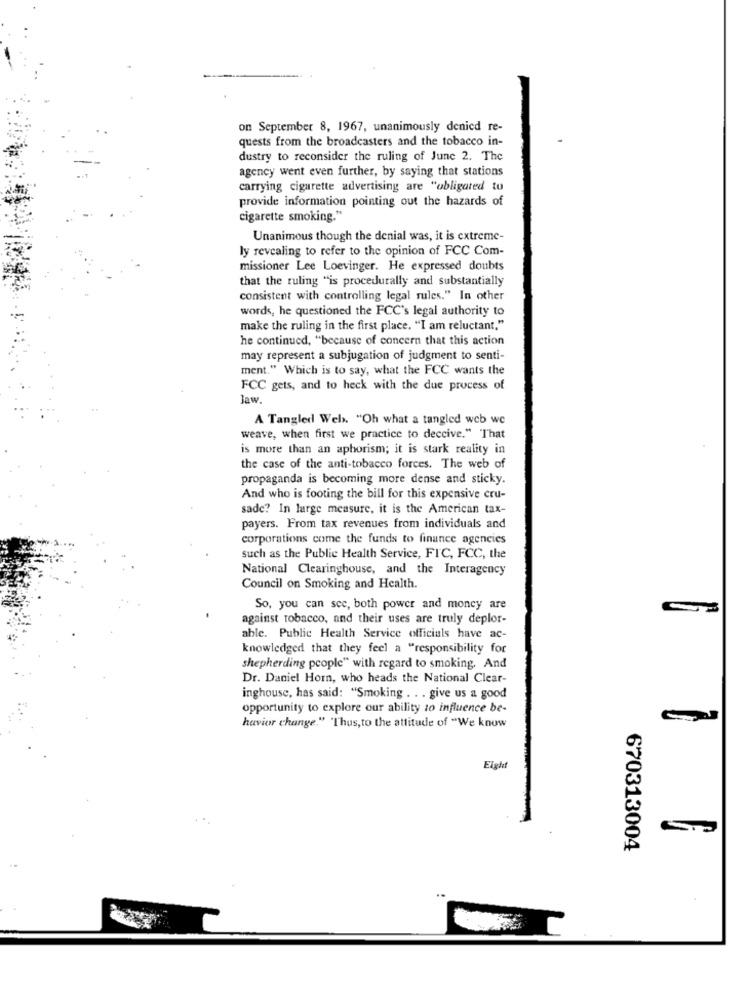
on September 8, 1967, unanimously denied re-
quests from the broadcasters and the tobacco in-
dustry to reconsider the ruling of June 2. The
agency went even further, by saying that stations
carrying cigarette advertising are "obligated to
provide information pointing out the hazards of
cigarette smoking."
Unanimous though the denial was, it is extreme-
ly revealing to refer to the opinion of FCC Com-
missioner Lee Loevinger. He expressed doubts
that the ruling "is procedurally and substantially
consistent with controlling legal rules." In other
words, he questioned the FCC's legal authority to
make the ruling in the first place. "I am reluctant."
he continued, "because of concern that this action
may represent a subjugation of judgment to senti-
ment." Which is to say, what the FCC wants the
FCC gets, and to heck with the due process of
Jaw
A Tangled Web. "Oh what a tangled web we
weave, when first we practice to deceive." That
is more than an aphorism; it is stark reality in
the case of the anti-tobacco forces. The web of
propaganda is becoming more dense and sticky.
And who is footing the bill for this expensive cru-
sade? In large measure, it is the American tax-
payers. From tax revenues from individuals and
corporations come the funds to finance agencies
such as the Public Health Service, FIC, FCC, the
National Clearinghouse, and the Interagency
Council on Smoking and Health.
So, you can see, both power and money are
against tobacco, and their uses are truly deplor-
able. Public Health Service officials have ac-
knowledged that they feel a "responsibility for
shepherding people" with regard to smoking. And
Dr. Daniel Horn, who heads the National Clear-
inghouse, has said: "Smoking . . . give us a good
opportunity to explore our ability to influence be-
havior change." "Thus, to the attitude of "We know
Eight
670313004